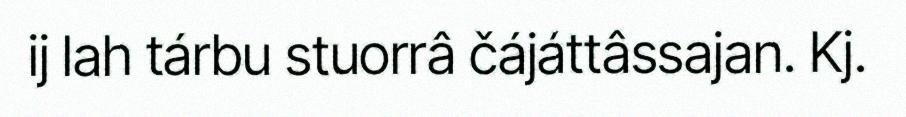
ij lah tárbu stuorrâ čájáttâssajan. Kj.